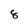
Character: 8